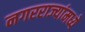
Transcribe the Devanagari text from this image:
नगरराज्यांमध्ये